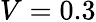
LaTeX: V=0.3